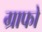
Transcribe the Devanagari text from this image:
ग्राफो